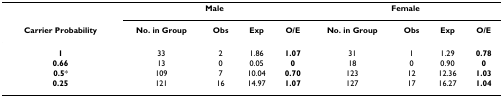
<table><thead><tr><td></td><td colspan="4"><b>Male</b></td><td colspan="4"><b>Female</b></td></tr><tr><td><b>Carrier Probability</b></td><td><b>No. in Group</b></td><td><b>Obs</b></td><td><b>Exp</b></td><td><b>O/E</b></td><td><b>No. in Group</b></td><td><b>Obs</b></td><td><b>Exp</b></td><td><b>O/E</b></td></tr></thead><tbody><tr><td><b>1</b></td><td>33</td><td>2</td><td>1.86</td><td><b>1.07</b></td><td>31</td><td>1</td><td>1.29</td><td><b>0.78</b></td></tr><tr><td><b>0.66</b></td><td>13</td><td>0</td><td>0.05</td><td><b>0</b></td><td>18</td><td>0</td><td>0.90</td><td><b>0</b></td></tr><tr><td><b>0.5</b>*</td><td>109</td><td>7</td><td>10.04</td><td><b>0.70</b></td><td>123</td><td>12</td><td>12.36</td><td><b>1.03</b></td></tr><tr><td><b>0.25</b></td><td>121</td><td>16</td><td>14.97</td><td><b>1.07</b></td><td>127</td><td>17</td><td>16.27</td><td><b>1.04</b></td></tr></tbody></table>